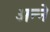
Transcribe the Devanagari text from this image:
अन्‍ने